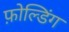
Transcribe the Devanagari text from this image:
फ़ोल्डिंग